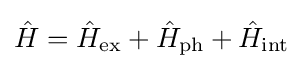
{\hat {H}}={\hat {H}}_{\text{ex}}+{\hat {H}}_{\text{ph}}+{\hat {H}}_{\text{int}}